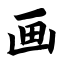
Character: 画